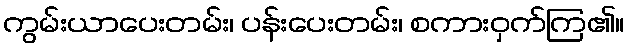
ကွမ်းယာပေးတမ်း၊ ပန်းပေးတမ်း၊ စကားဝှက်ကြ၏။